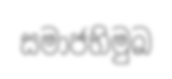
සමාජභිමුඛ